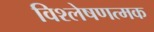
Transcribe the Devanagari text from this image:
विश्लेषणत्मक